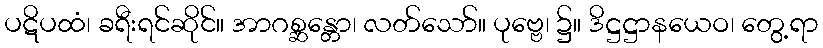
ပဋိပထံ၊ ခရီးရင်ဆိုင်။ အာဂစ္ဆန္တော၊ လတ်သော်။ ပုဗ္ဗေ၊ ၌။ ဒိဋ္ဌဋ္ဌာနယေဝ၊ တွေ့ရာ